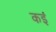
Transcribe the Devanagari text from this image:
कइं